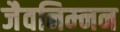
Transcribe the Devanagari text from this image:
जैवनिम्‍नन